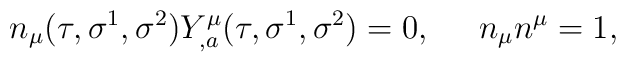
n_{\mu}(\tau,\sigma^1,\sigma^2)Y^{\mu}_{,a}(\tau,\sigma^1,\sigma^2) = 0,  \;\;\;\;\; n_{\mu}n^{\mu}=1,